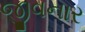
જીવનાર